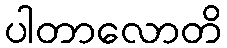
ပါတာလောတိ